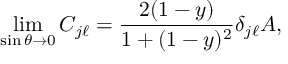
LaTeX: \operatorname * { l i m } _ { \sin \theta \rightarrow 0 } C _ { j \ell } = \frac { 2 ( 1 - y ) } { 1 + ( 1 - y ) ^ { 2 } } \delta _ { j \ell } A ,